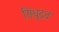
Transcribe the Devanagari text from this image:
सिंधुद्रव